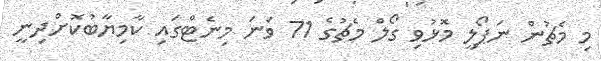
މި މެޗުން ނަޕޯލީ މޮޅުވި ގޯލް މެޗުގެ 71 ވަނަ މިނެޓްގައި ކާމިޔާބުކޮށްދިނީ